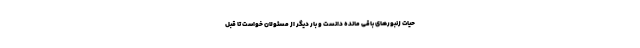
حیات زنبورهای باقی مانده دانست و بار دیگر از مسئولان خواست تا قبل